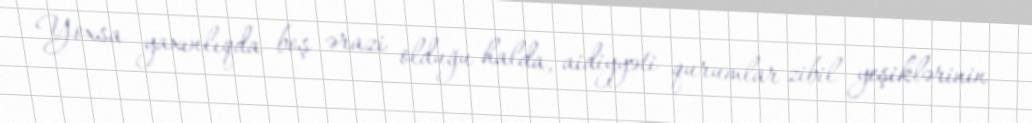
Yoxsa yaxınlıqda boş ərazi olduğu halda, aidiyyəti qurumlar zibil yeşiklərinin